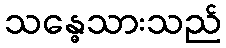
သန္ဓေသားသည်